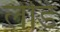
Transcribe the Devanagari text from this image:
लेडि